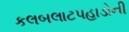
કલબલાટપહાડોની